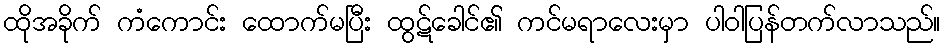
ထိုအခိုက် ကံကောင်း ထောက်မပြီး ထွဋ်ခေါင်၏ ကင်မရာလေးမှာ ပါဝါပြန်တက်လာသည်။